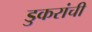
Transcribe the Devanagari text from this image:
डुकरांची